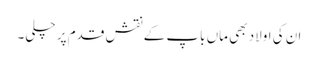
ان کی اولاد بھی ماں باپ کے نقش قدم پر چلی۔